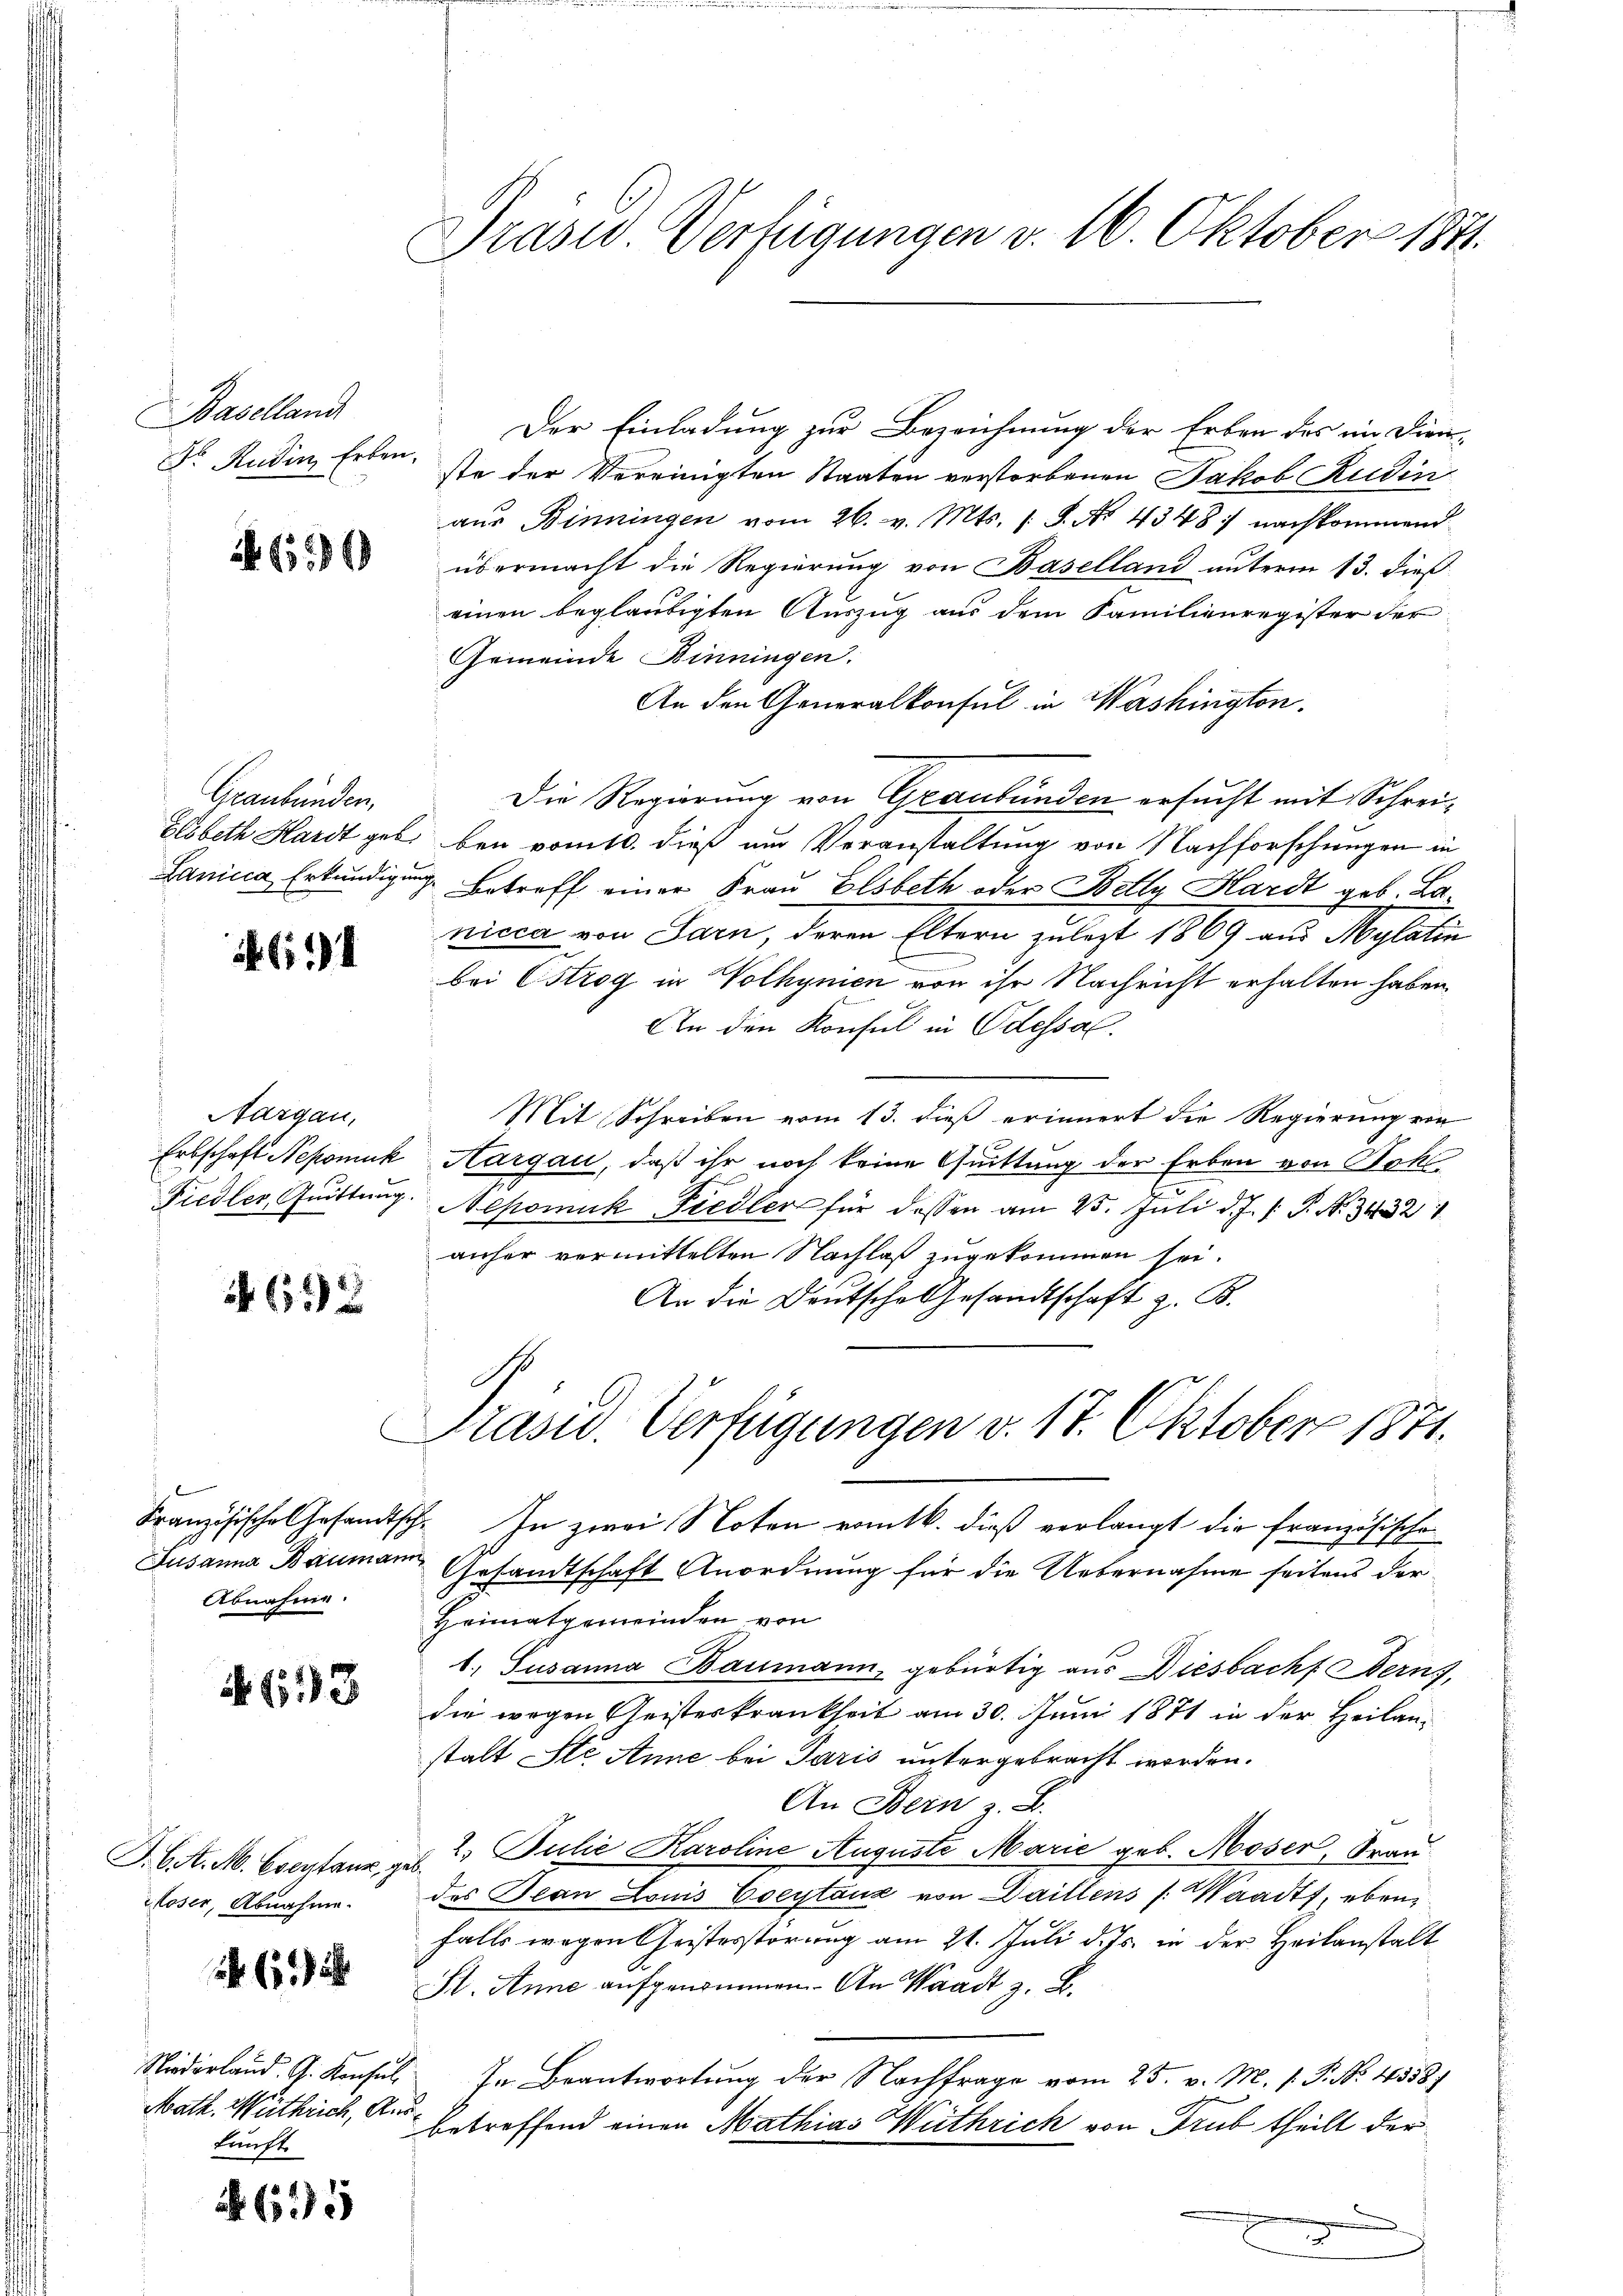
Baselland
Dr. Rudin Erben.

4690

Graubünden,

94

Aargau,
Erbschaft Nepomuk
Fiedler, Quittung

692

Abnahme.

633

J. C. A. M. Cseytaur, ge¬
Moser, Abnahme.

611

Niederland. G. Konsul
Math. Wethlich, Am
kunft.

A 695

Präsid. Verfügungen v. 16. Oktober 1841.

Der Einladung zur Bezeichnung der Erben des im Dien-
ste der Vereinigten Staaten verstorbenen Jakob Rudin
aŭs Binningen vom 26. v. Mts. (T. No. 4348: nachkommend
übermacht die Regierung von Baselland unterm 13. dieß
einen beglaubigten Auszug aus dem Familienregister der
Gemeinde Binningen.
An den Generalkonsul in Washington.
Die Regierung von Graubünden ersucht mit Schrei¬
Elsbeth Hardt geb. bei vom 10. dieß um Veranstaltung von Nachforschungen in
Lanicca Erkundigung. Betreff einer Frau Elsbeth oder Belly Hardt geb. La
nicca von Sarn, deren Eltern zulezt 1869 aus Mylatin
bei Ostrog in Wolhynien von ihr Nachricht erhalten haben,
An den Konsul in Odessal.
Mit Schreiben vom 13. dieß erinnert die Regierung von
Hargau, daß ihr noch keine Quittung der Erben von Sok
Nepomuk Fiedler für dessen am 25. Juli d. J. J. P. Nr. 34321
anher vermittelten Nachlaß zugekommen sei.
An die Deutsche Gesandtschaft z. B.
Präsid. Verfügungen v. 17. Oktober 1871.
Französische Gesandtsch. In zwei Noten romtb. dieß verlangt die französische
Susanna Baumann Gesandtschaft Anordnung für die Uebernahme seitens der
Heimatgemeinden von
b. Susanna Baumann, gebürtig aus Diesbach Berns,
die wegen Geisteskrankheit am 30. Juni 1871 in der Heilanstalt Ste Anne bei Paris untergebracht worden.
An Bern z. B.
f
2. Julie Karoline Auguste Marie geb. Moser, Frau
c
des Jean Louis Coeytauz von Daillens (Waadt, eben
falls wegen Geistesstörung am 21. Juli d. Js. in der Heilanstalt
Sl. Anne aufgenommen. An Waadt z. B.
In Beantwortung der Nachfrage vom 25. v. M. s. S. No. 4558)
.
betreffend einen Mathias Wuthrich von Trub theilt der
n
E